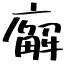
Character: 廨